kultuurilooline_kollektsioon, lk 6
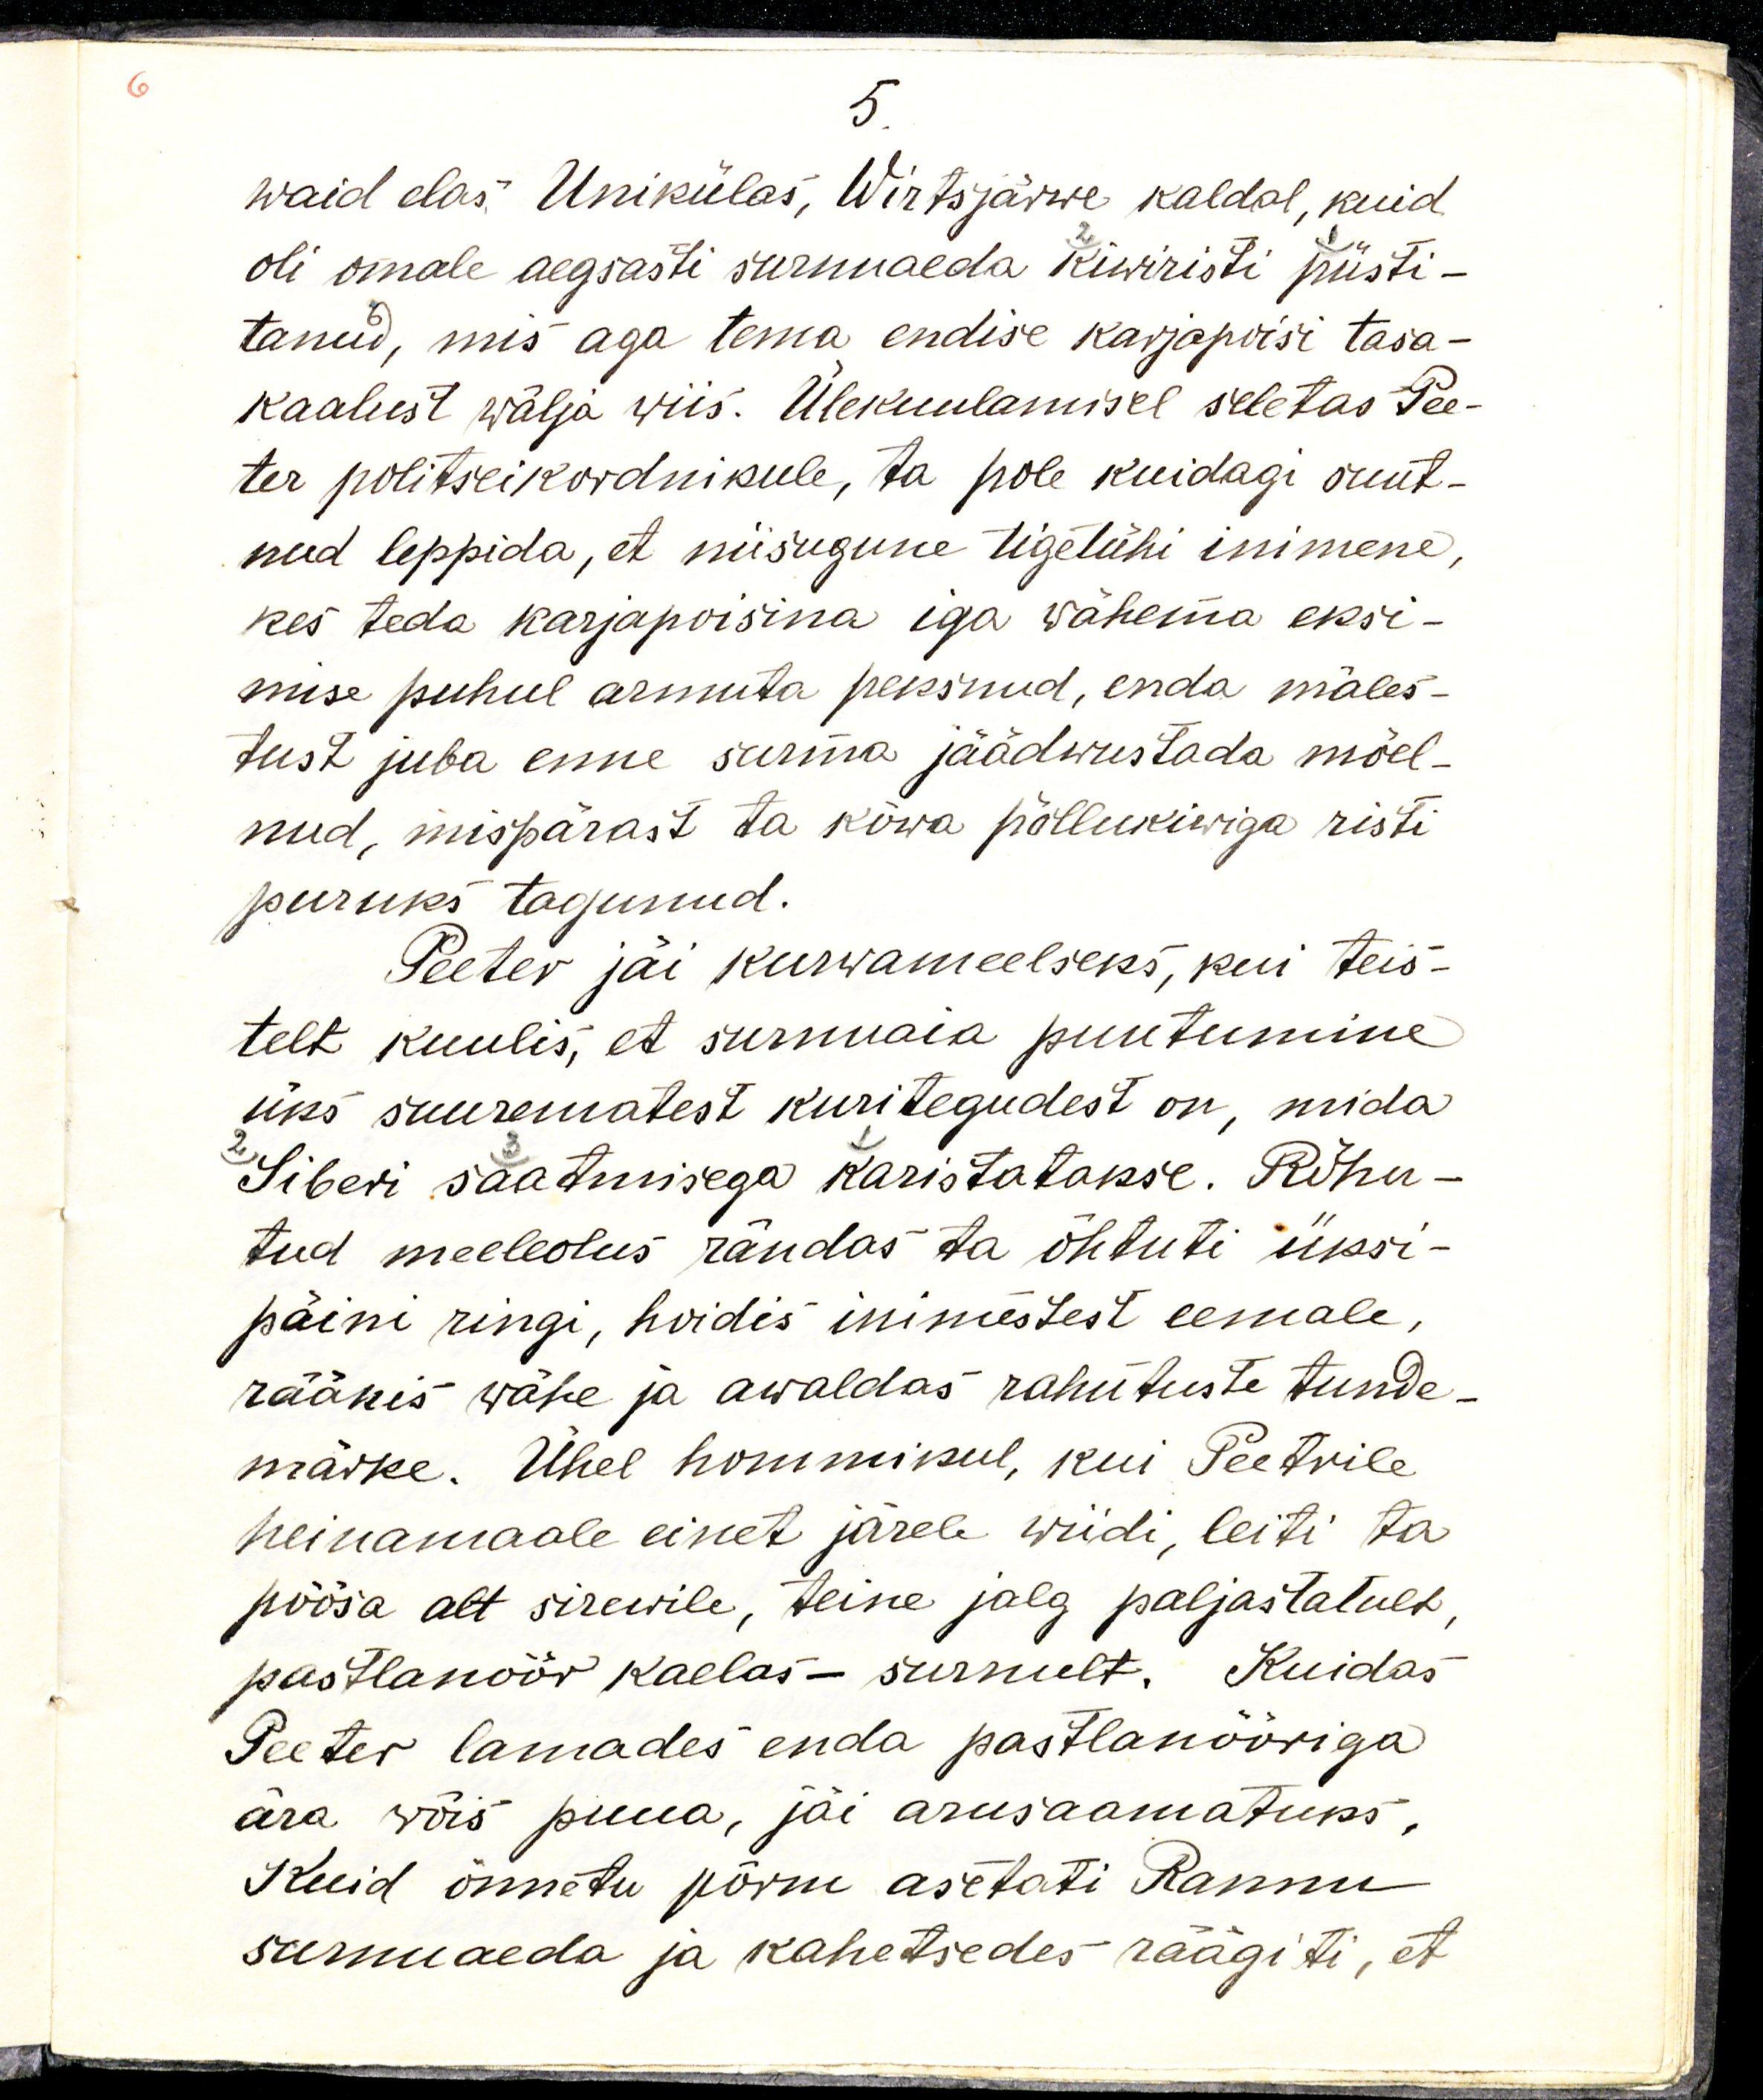
waid elas Unikülas, Wirtsjärwe kaldal, kuid 
oli omale aegsasti surnuaeda kiwiristi püsti-
tanud, mis aga tema endise karjapoisi tasa-
kaalust wälja wiis. Ülekuulamisel seletas Pee-
ter politseikordnikule, ta pole kuidagi suut-
nud leppida, et niisugune tigetühi inimene, 
kes teda karjapoisina iga wähema eksi-
mise puhul armuta peksnud, enda mäles-
tust juba enne surma jäädwustada mõel-
nud, mispärast ta kõwa põllukiwiga risti
puruks tagunud.
Peeter jäi kurwameelseks, kui teis-
telt kuulis, et surnuaia puutumine
üks suurematest kuritegudest on, mida 
Siberi saatmisega karistatakse. Rõhu-
tud meeleolus rändas ta õhtuti üksi-
päini ringi, hoidis inimestest eemale, 
rääkis wähe ja awaldas rahutuste tunde-
märke. Ühel hommikul, kui Peetrile
heinamaale einet järele wiidi, leiti ta
põõsa alt sirewile, teine jalg paljastatult,
pastlanöör kaelas - surnult. Kuidas
Peeter lamades enda pastalnööriga 
ära wõis puua, jäi arusaamatuks. 
Kuid õnnetu põrm asetati Rannu 
surnuaeda ja kahetsedes räägiti, et